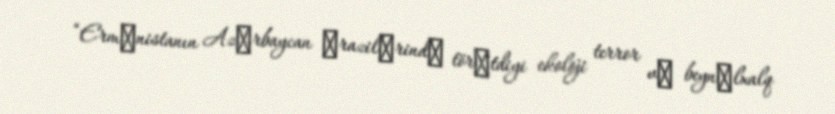
“Ermәnistanın Azәrbaycan әrazilәrindә törәtdiyi ekoloji terror vә beynәlxalq